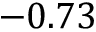
- 0 . 7 3